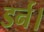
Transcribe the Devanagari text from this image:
डर्न।